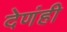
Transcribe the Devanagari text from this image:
देणंही